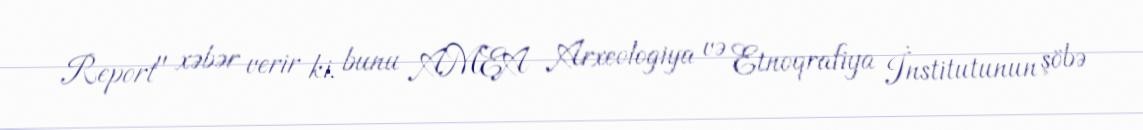
Report" xəbər verir ki, bunu AMEA Arxeologiya və Etnoqrafiya İnstitutunun şöbə